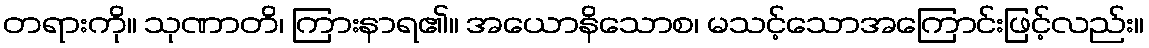
တရားကို။ သုဏာတိ၊ ကြားနာရ၏။ အယောနိသောစ၊ မသင့်သောအကြောင်းဖြင့်လည်း။